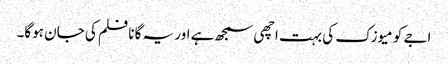
اجے کو میوزک کی بہت اچھی سمجھ ہے اور یہ گانا فلم کی جان ہوگا۔